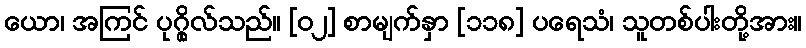
ယော၊ အကြင် ပုဂ္ဂိုလ်သည်။ [၀၂] စာမျက်နှာ [၁၁၈] ပရေသံ၊ သူတစ်ပါးတို့အား။